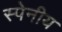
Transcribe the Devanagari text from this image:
स्पेनीय